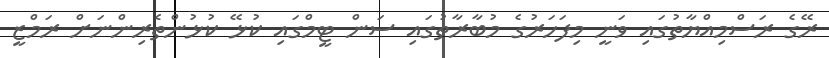
ރޭގެ ރަސްމިއްޔާތުގައި ވަނީ މިފަހަރުގެ މުބާރާތުގައި ސަން ޓީމްގައި ކުޅޭ ކުޅުންތެރިންނަށް ރަމްޒީ